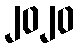
၂၀၂၀